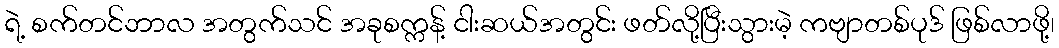
ရဲ့ စက်တင်ဘာလ အတွက်သင် အခုစက္ကန့် ငါးဆယ်အတွင်း ဖတ်လို့ပြီးသွားမဲ့ ကဗျာတစ်ပုဒ် ဖြစ်လာဖို့၊